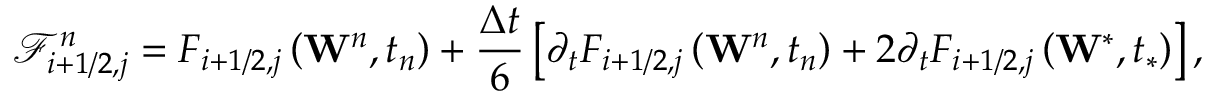
\mathcal { F } _ { i + 1 / 2 , j } ^ { n } = { { F } _ { i + 1 / 2 , j } } \left( { { \mathbf { W } } ^ { n } } , { { t } _ { n } } \right) + \frac { \Delta t } { 6 } \left[ { { \partial } _ { t } } { { F } _ { i + 1 / 2 , j } } \left( { { \mathbf { W } } ^ { n } } , { { t } _ { n } } \right) + 2 { { \partial } _ { t } } { { F } _ { i + 1 / 2 , j } } \left( { { \mathbf { W } } ^ { * } } , { { t } _ { * } } \right) \right] ,